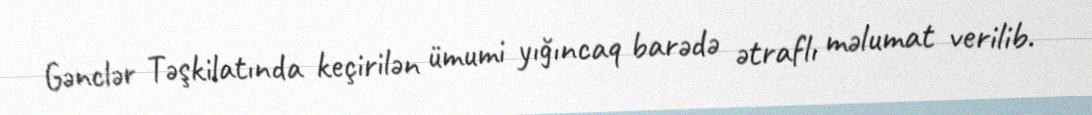
Gənclər Təşkilatında keçirilən ümumi yığıncaq barədə ətraflı məlumat verilib.